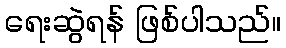
ရေးဆွဲရန် ဖြစ်ပါသည်။